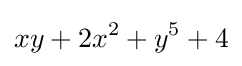
xy+2x^{2}+y^{5}+4